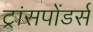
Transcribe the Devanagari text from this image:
ट्रांसपोंडर्स